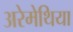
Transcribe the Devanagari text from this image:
अरेमेथिया